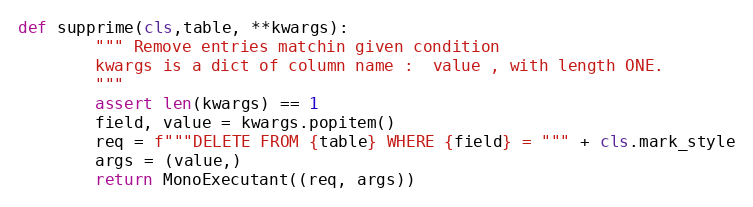
Language: Python
def supprime(cls,table, **kwargs):
        """ Remove entries matchin given condition
        kwargs is a dict of column name :  value , with length ONE.
        """
        assert len(kwargs) == 1
        field, value = kwargs.popitem()
        req = f"""DELETE FROM {table} WHERE {field} = """ + cls.mark_style
        args = (value,)
        return MonoExecutant((req, args))